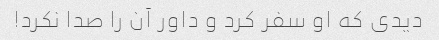
دیدی که او سفر کرد و داور آن را صدا نکرد!